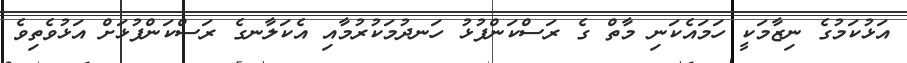
އަޅުކަމުގެ ނިޒާމަކީ ހަމައެކަނި މާތް ގެ ރަސްކަންފުޅު ހަނދުމަކުރުމާއި އެކަލާނގެ ރަސްކަންފުޅަށް އަޅުވެތިވެ